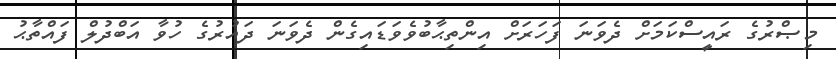
މިޞްރުގެ ރައީސްކަމަށް ދެވަނަ ފަހަރަށް އިންތިޙާބުވެވަޑައިގެން ދެވަނަ ދައުރުގެ ހުވާ އަބްދުލް ފައްތާޙު